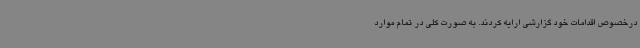
درخصوص اقدامات خود گزارشی ارایه کردند. به صورت کلی در تمام موارد